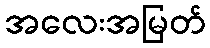
အလေးအမြတ်